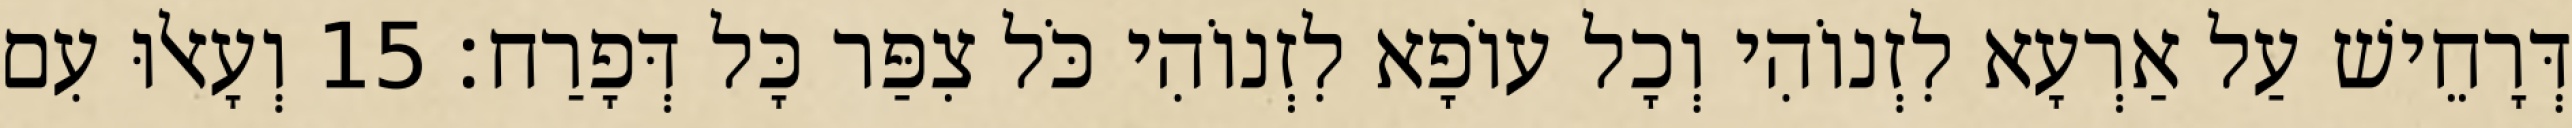
דְּרָחֵישׁ עַל אַרְעָא לִזְנוֹהִי וְכָל עוֹפָא לִזְנוֹהִי כֹּל צִפַּר כָּל דְּפָרַח׃ 15 וְעָאלוּ עִם